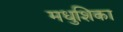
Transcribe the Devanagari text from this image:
मधुशिका